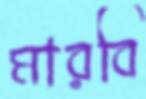
মারবি